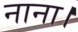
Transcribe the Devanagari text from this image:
नाना।